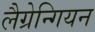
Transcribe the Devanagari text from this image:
लैग्रेन्गियन